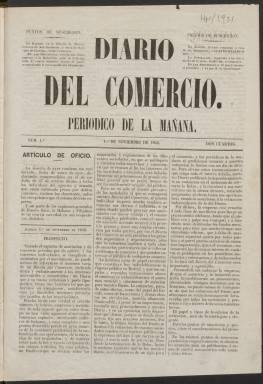
Título: Diario del comercio (Madrid. 1846)
Colección: Periódicos anteriores a 1850
Ámbito geográfico: Madrid
Lugar de publicación: Madrid
Fechas: 01/11/1846-30/05/1847